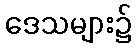
ဒေသများ၌